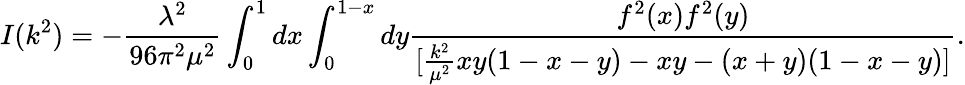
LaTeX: I(k^{2})=-{\frac{\lambda^{2}}{96\pi^{2}\mu^{2}}}\int_{0}^{1}dx\int_{0}^{1-x}dy{\frac{f^{2}(x)f^{2}(y)}{[{\frac{k^{2}}{\mu^{2}}}xy(1-x-y)-xy-(x+y)(1-x-y)]}}.